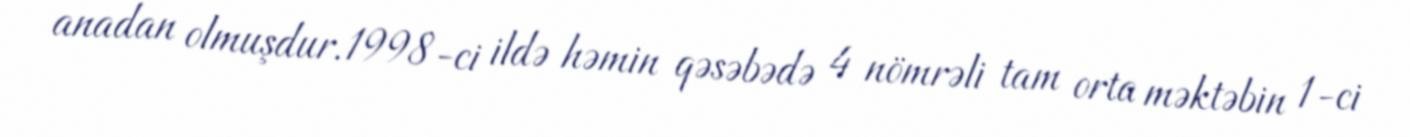
anadan olmuşdur.1998-ci ildə həmin qəsəbədə 4 nömrəli tam orta məktəbin 1-ci